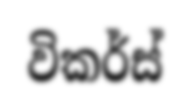
විකර්ස්